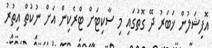
އޮފިޝަލުން ޚަބަރު ދޭ ގޮތުގައި މި ސާކިޓަށް ޓްރެކިން އަށް ނުކުތް އިތުރު